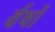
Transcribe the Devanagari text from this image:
र्वषों